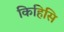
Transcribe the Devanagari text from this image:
किहिसि